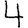
Digit: 4